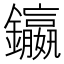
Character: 𨯤